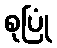
စုပြုံ